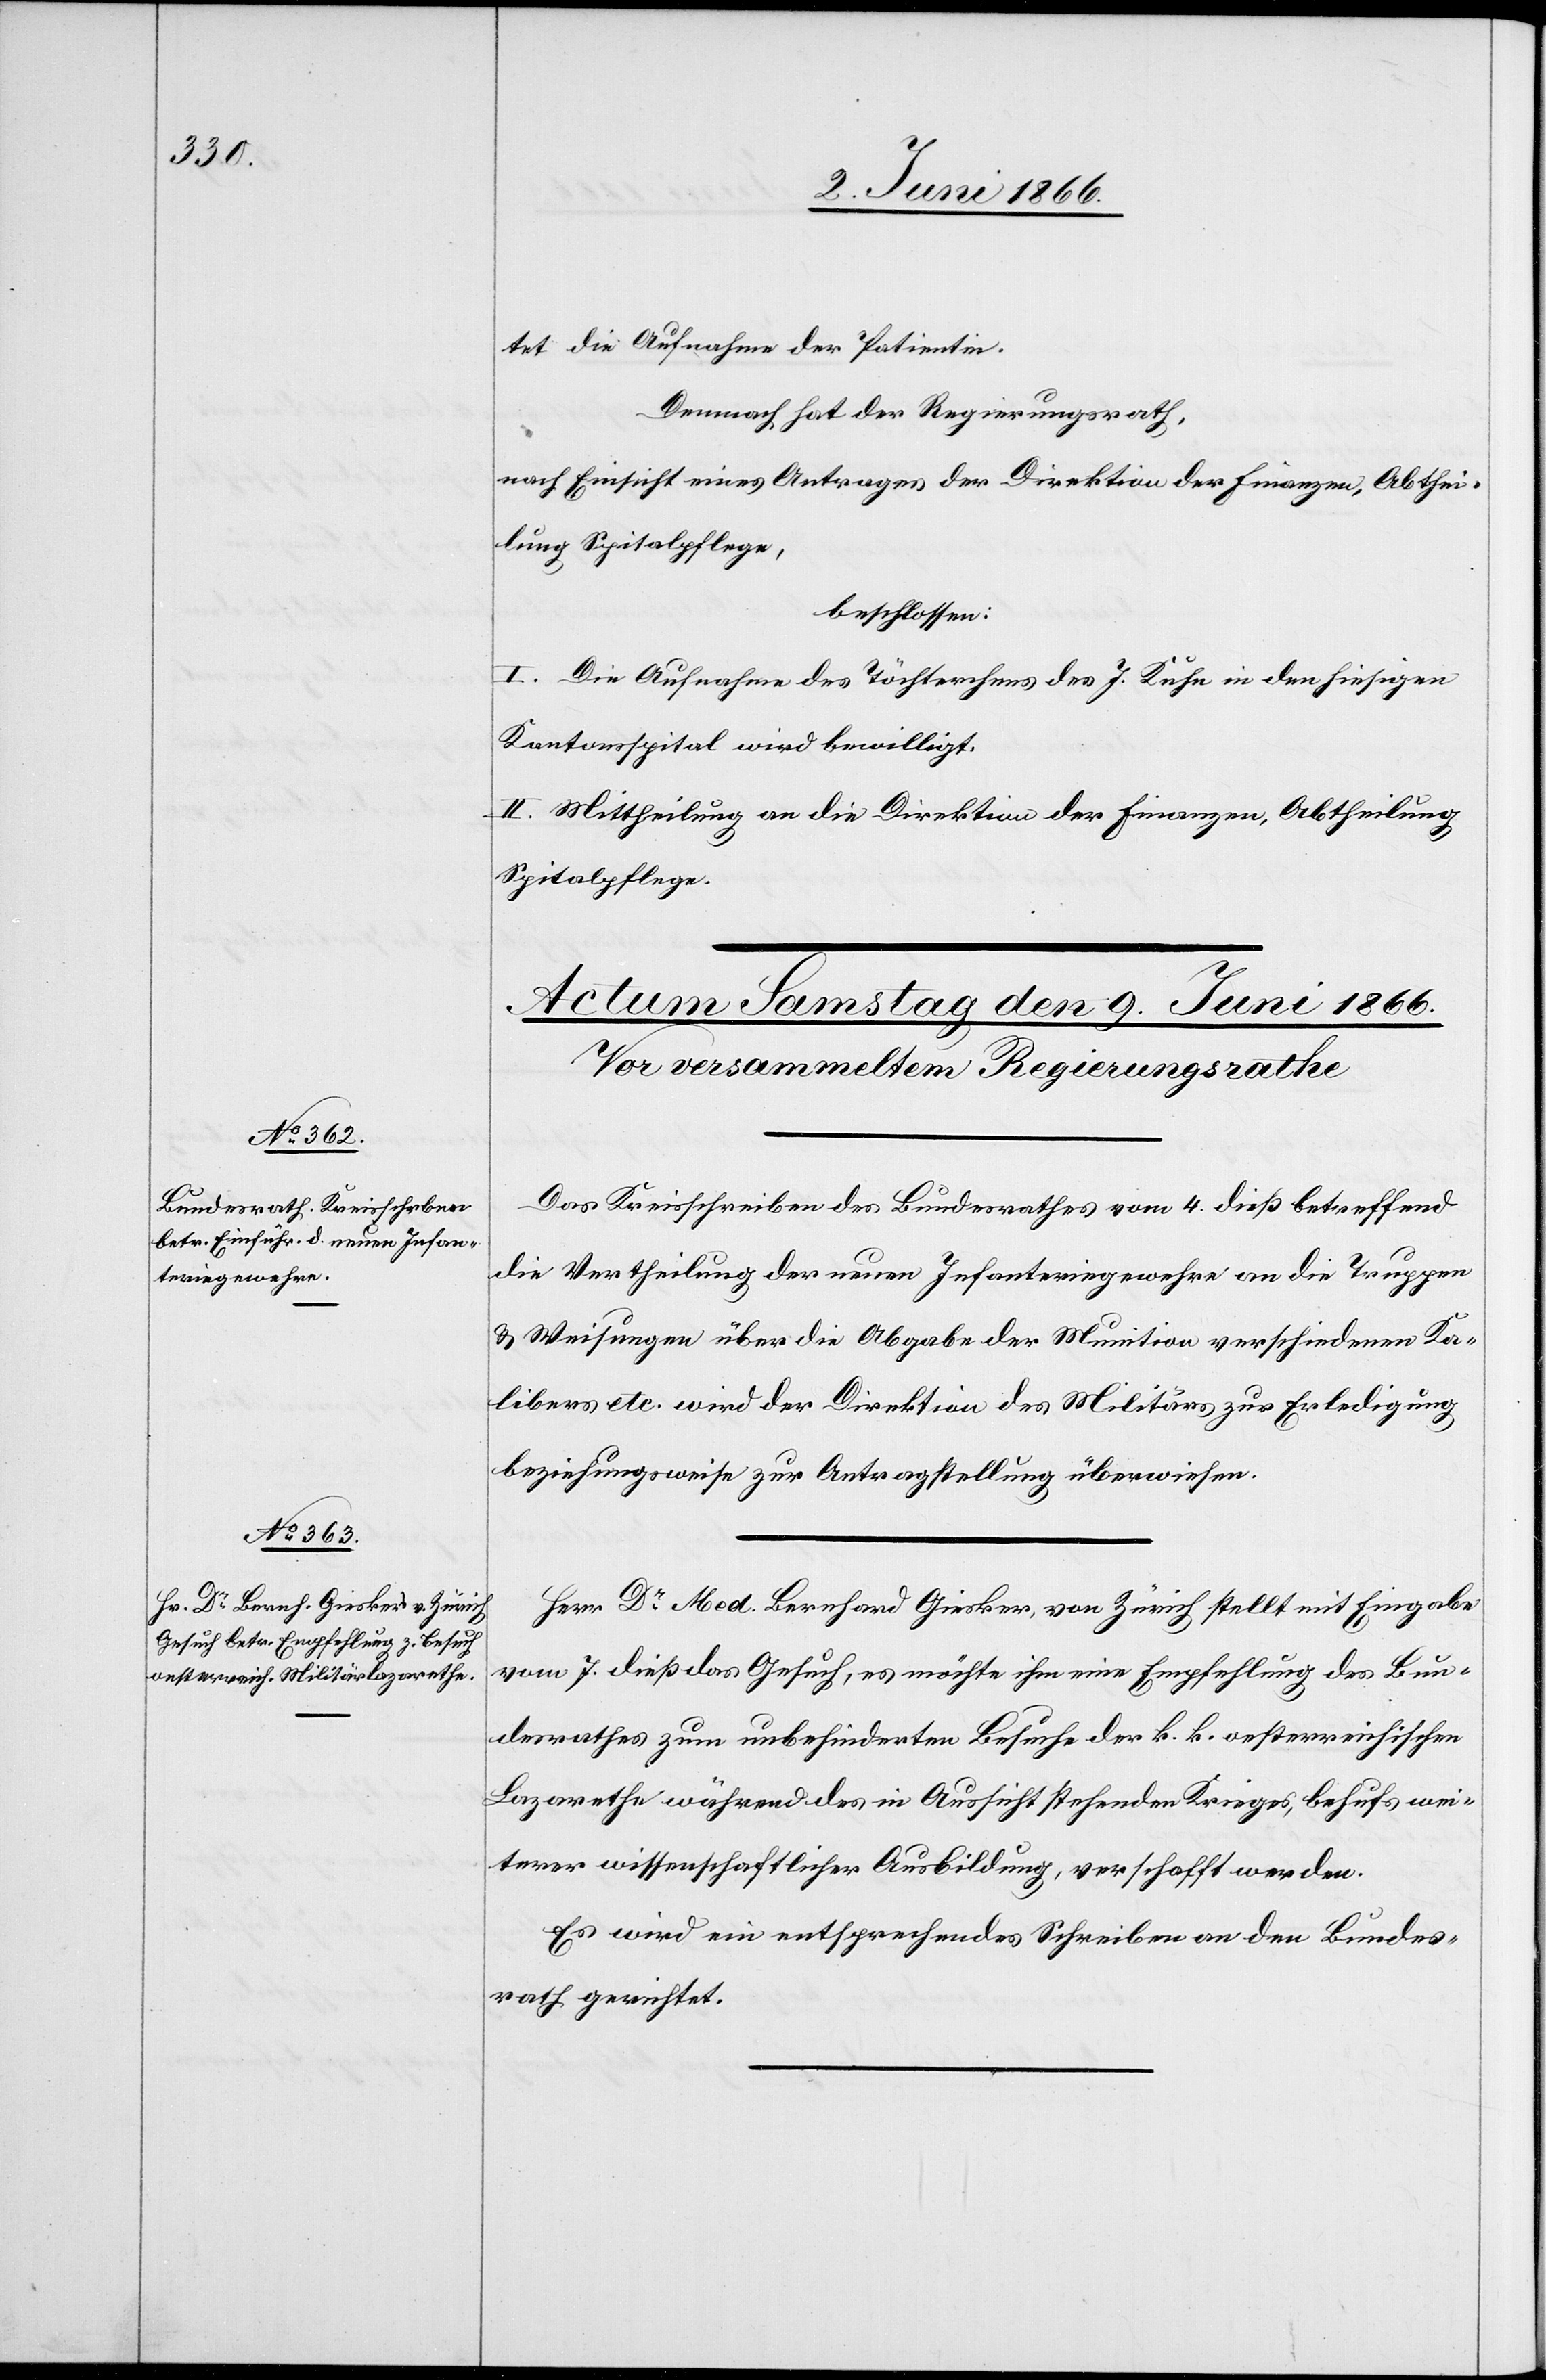
tet die Aufnahme der Patientin.
Demnach hat der Regierungsrath,
nach Einsicht eines Antrages der Direktion der Finanzen, Abthei¬
lung Spitalpflege,
beschlossen:
I. Die Aufnahme des Töchterchens des J. Kuhn in den hiesigen
Kantonsspital wird bewilligt.
II. Mittheilung an die Direktion der Finanzen, Abtheilung
Spitalpflege.
Das Kreisschreiben des Bundesrathes vom 4. dieß betreffend
die Vertheilung der neuen Infanteriegewehre an die Truppen
u. Weisungen über die Abgabe der Munition verschiedenen Ka¬
libers etc. wird der Direktion des Militärs zur Erledigung
Herr Dr. Med. Bernhard Giesker von Zürich stellt mit Eingabe
vom 7. dieß das Gesuch, es möchte ihm eine Empfehlung des Bun¬
desrathes zum unbehinderten Besuche der k. k. oesterreichischen
Lazarethe während des in Aussicht stehenden Krieges, behufs wei¬
terer wissenschaftlicher Ausbildung, verschafft werden.
Es wird ein entsprechendes Schreiben an den Bundes¬
rath gerichtet.